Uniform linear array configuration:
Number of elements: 64
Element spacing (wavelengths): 1
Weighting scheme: binomial
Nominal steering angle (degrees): -15
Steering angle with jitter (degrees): -13.346
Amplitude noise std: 0.05
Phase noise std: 0.05

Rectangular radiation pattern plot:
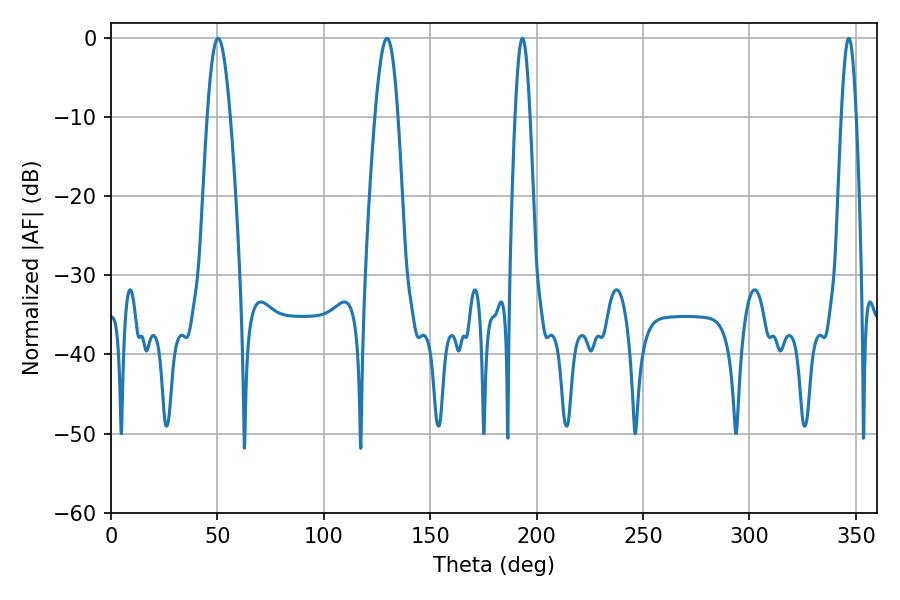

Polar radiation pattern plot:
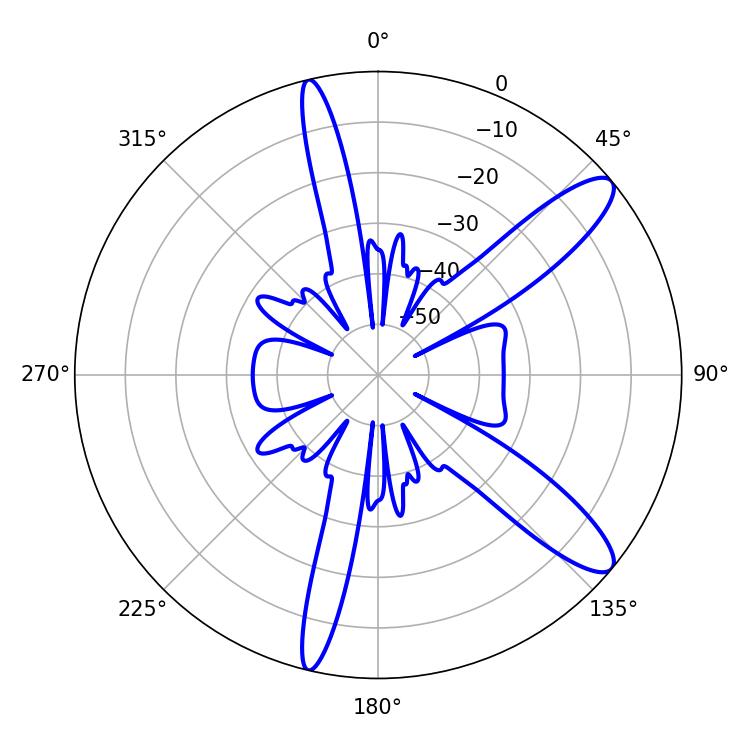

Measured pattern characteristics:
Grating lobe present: TRUE
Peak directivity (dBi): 11.615
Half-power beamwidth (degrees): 3.6
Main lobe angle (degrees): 193.32